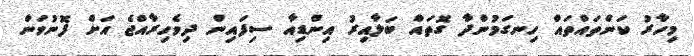
މިހާރު ކަންތައްތައް ހިނގަމުންދާ ގޮތައް ބަލާއިރު އިންޑިއާ ސިފައިން ދިވެހިރާއްޖެ އަށް ފޮނުވަން